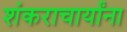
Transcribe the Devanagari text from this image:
शंकराचार्यांना